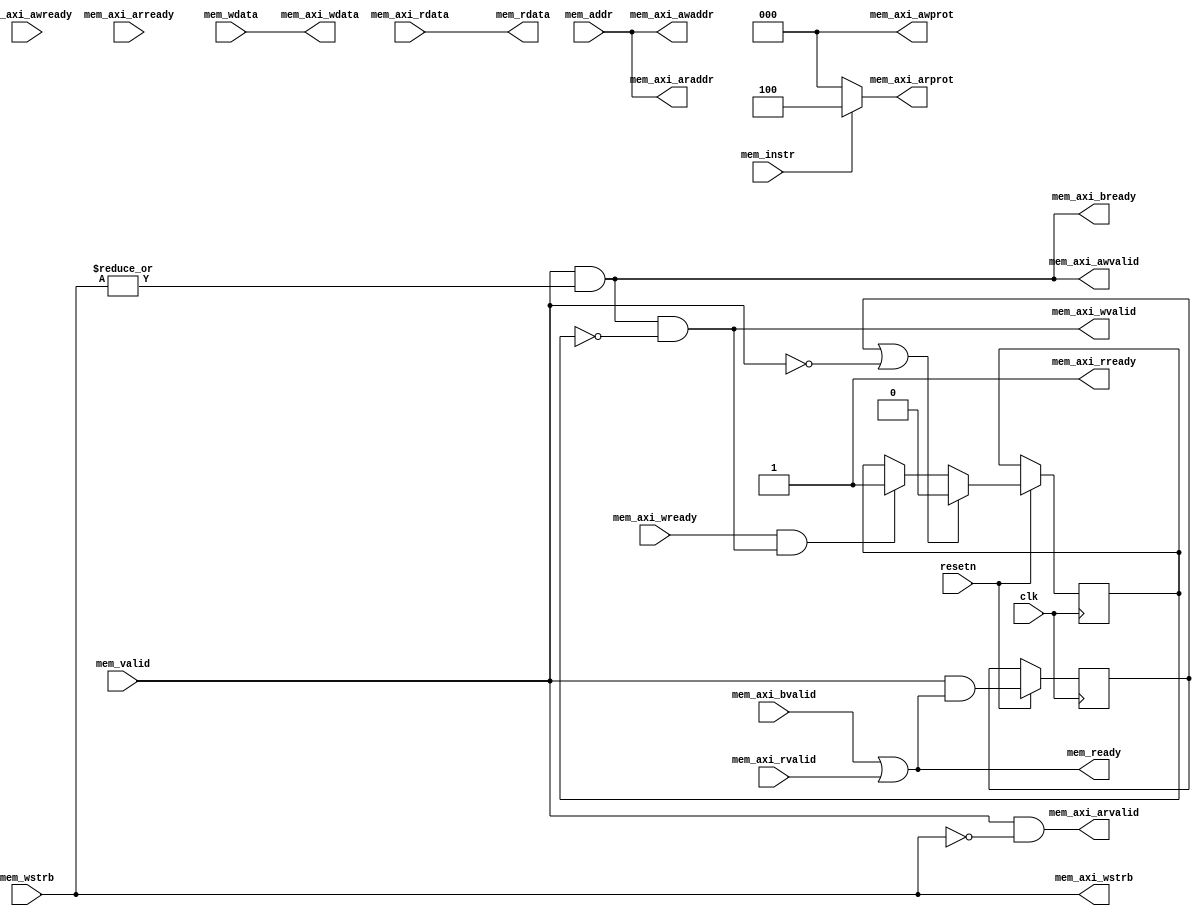
//
// SCARV Project
// 
// University of Bristol
// 
// RISC-V Cryptographic Instruction Set Extension
// 
// Reference Implementation
// 
// 

//
// module: scarv_axi_adapter
//
// Module adapted from The picoRV32 AXI adapter to allow
// back to back read/write address channel requests..
//
module scarv_axi_adapter (
	input clk, resetn,

	// AXI4-lite master memory interface

	output        mem_axi_awvalid,
	input         mem_axi_awready,
	output [31:0] mem_axi_awaddr,
	output [ 2:0] mem_axi_awprot,

	output        mem_axi_wvalid,
	input         mem_axi_wready,
	output [31:0] mem_axi_wdata,
	output [ 3:0] mem_axi_wstrb,

	input         mem_axi_bvalid,
	output        mem_axi_bready,

	output        mem_axi_arvalid,
	input         mem_axi_arready,
	output [31:0] mem_axi_araddr,
	output [ 2:0] mem_axi_arprot,

	input         mem_axi_rvalid,
	output        mem_axi_rready,
	input  [31:0] mem_axi_rdata,

	// Native PicoRV32 memory interface

	input         mem_valid,
	input         mem_instr,
	output        mem_ready,
	input  [31:0] mem_addr,
	input  [31:0] mem_wdata,
	input  [ 3:0] mem_wstrb,
	output [31:0] mem_rdata
);
	reg ack_awvalid;
	reg ack_arvalid;
	reg ack_wvalid;
	reg xfer_done;

	assign mem_axi_awvalid = mem_valid && |mem_wstrb;
	assign mem_axi_awaddr = mem_addr;
	assign mem_axi_awprot = 0;

	assign mem_axi_arvalid = mem_valid && !mem_wstrb;
	assign mem_axi_araddr = mem_addr;
	assign mem_axi_arprot = mem_instr ? 3'b100 : 3'b000;

	assign mem_axi_wvalid = mem_valid && |mem_wstrb && !ack_wvalid;
	assign mem_axi_wdata = mem_wdata;
	assign mem_axi_wstrb = mem_wstrb;

	assign mem_ready = mem_axi_bvalid || mem_axi_rvalid;
	assign mem_axi_bready = mem_valid && |mem_wstrb;
    // Always accept read responses immediately.
	assign mem_axi_rready = 1'b1;
	assign mem_rdata = mem_axi_rdata;

	always @(posedge clk) begin
		if (!resetn) begin
			ack_awvalid <= 0;
		end else begin
			xfer_done <= mem_valid && mem_ready;
			if (mem_axi_awready && mem_axi_awvalid)
				ack_awvalid <= 1;
			if (mem_axi_arready && mem_axi_arvalid)
				ack_arvalid <= 1;
			if (mem_axi_wready && mem_axi_wvalid)
				ack_wvalid <= 1;
			if (xfer_done || !mem_valid) begin
				ack_awvalid <= 0;
				ack_arvalid <= 0;
				ack_wvalid <= 0;
			end
		end
	end
endmodule